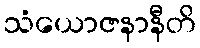
သံယောဇနာနီတိ